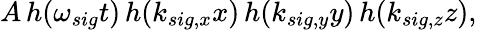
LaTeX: A\, h(\omega_{sig}t)\, h(k_{sig,x}x)\, h(k_{sig,y}y)\, h(k_{sig,z}z),